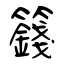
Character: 籛